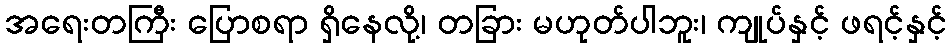
အရေးတကြီး ပြောစရာ ရှိနေလို့၊ တခြား မဟုတ်ပါဘူး၊ ကျုပ်နှင့် ဖရင့်နှင့်